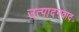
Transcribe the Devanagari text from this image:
उत्पादनवाद